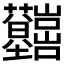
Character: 𡿤